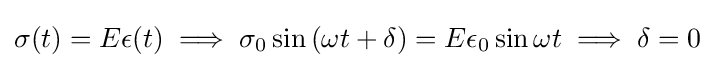
\sigma (t)=E\epsilon (t)\implies \sigma _{0}\sin {(\omega t+\delta )}=E\epsilon _{0}\sin {\omega t}\implies \delta =0